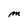
Character: M